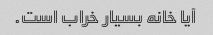
آیا خانه بسیار خراب است.